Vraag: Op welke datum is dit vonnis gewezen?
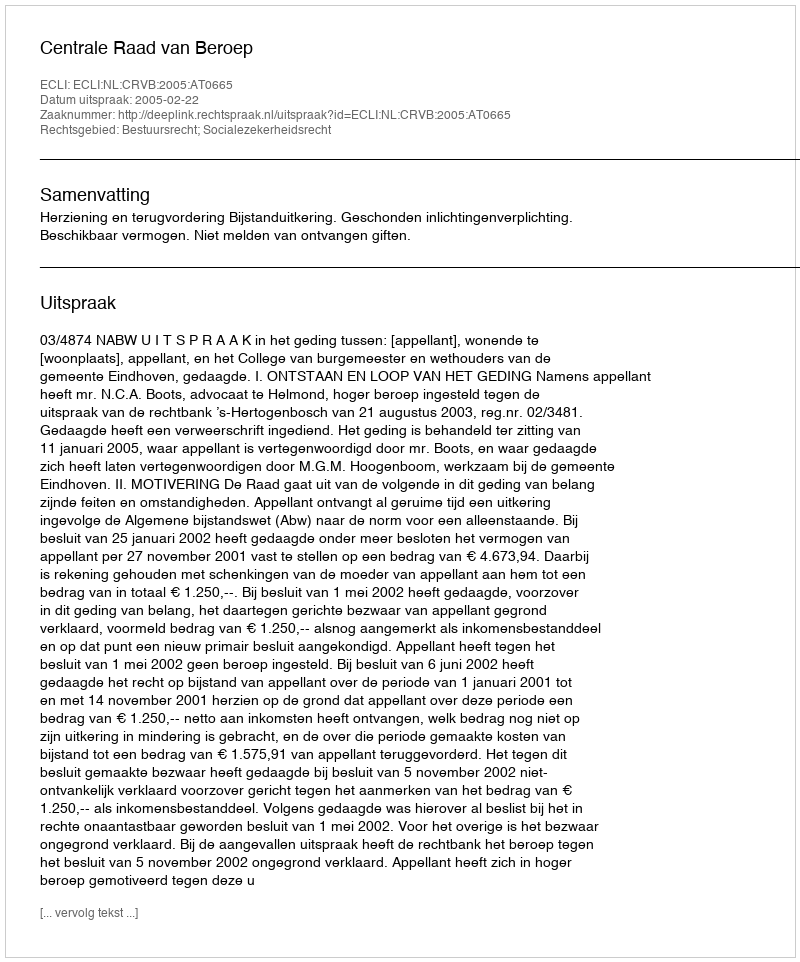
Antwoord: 2005-02-22